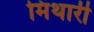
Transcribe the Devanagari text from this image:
मिथारी